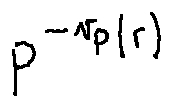
p ^ { - v _ { p } ( r ) }